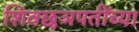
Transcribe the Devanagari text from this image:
शिवछञपतींच्या